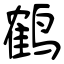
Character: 鹤